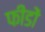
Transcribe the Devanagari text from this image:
फीडों